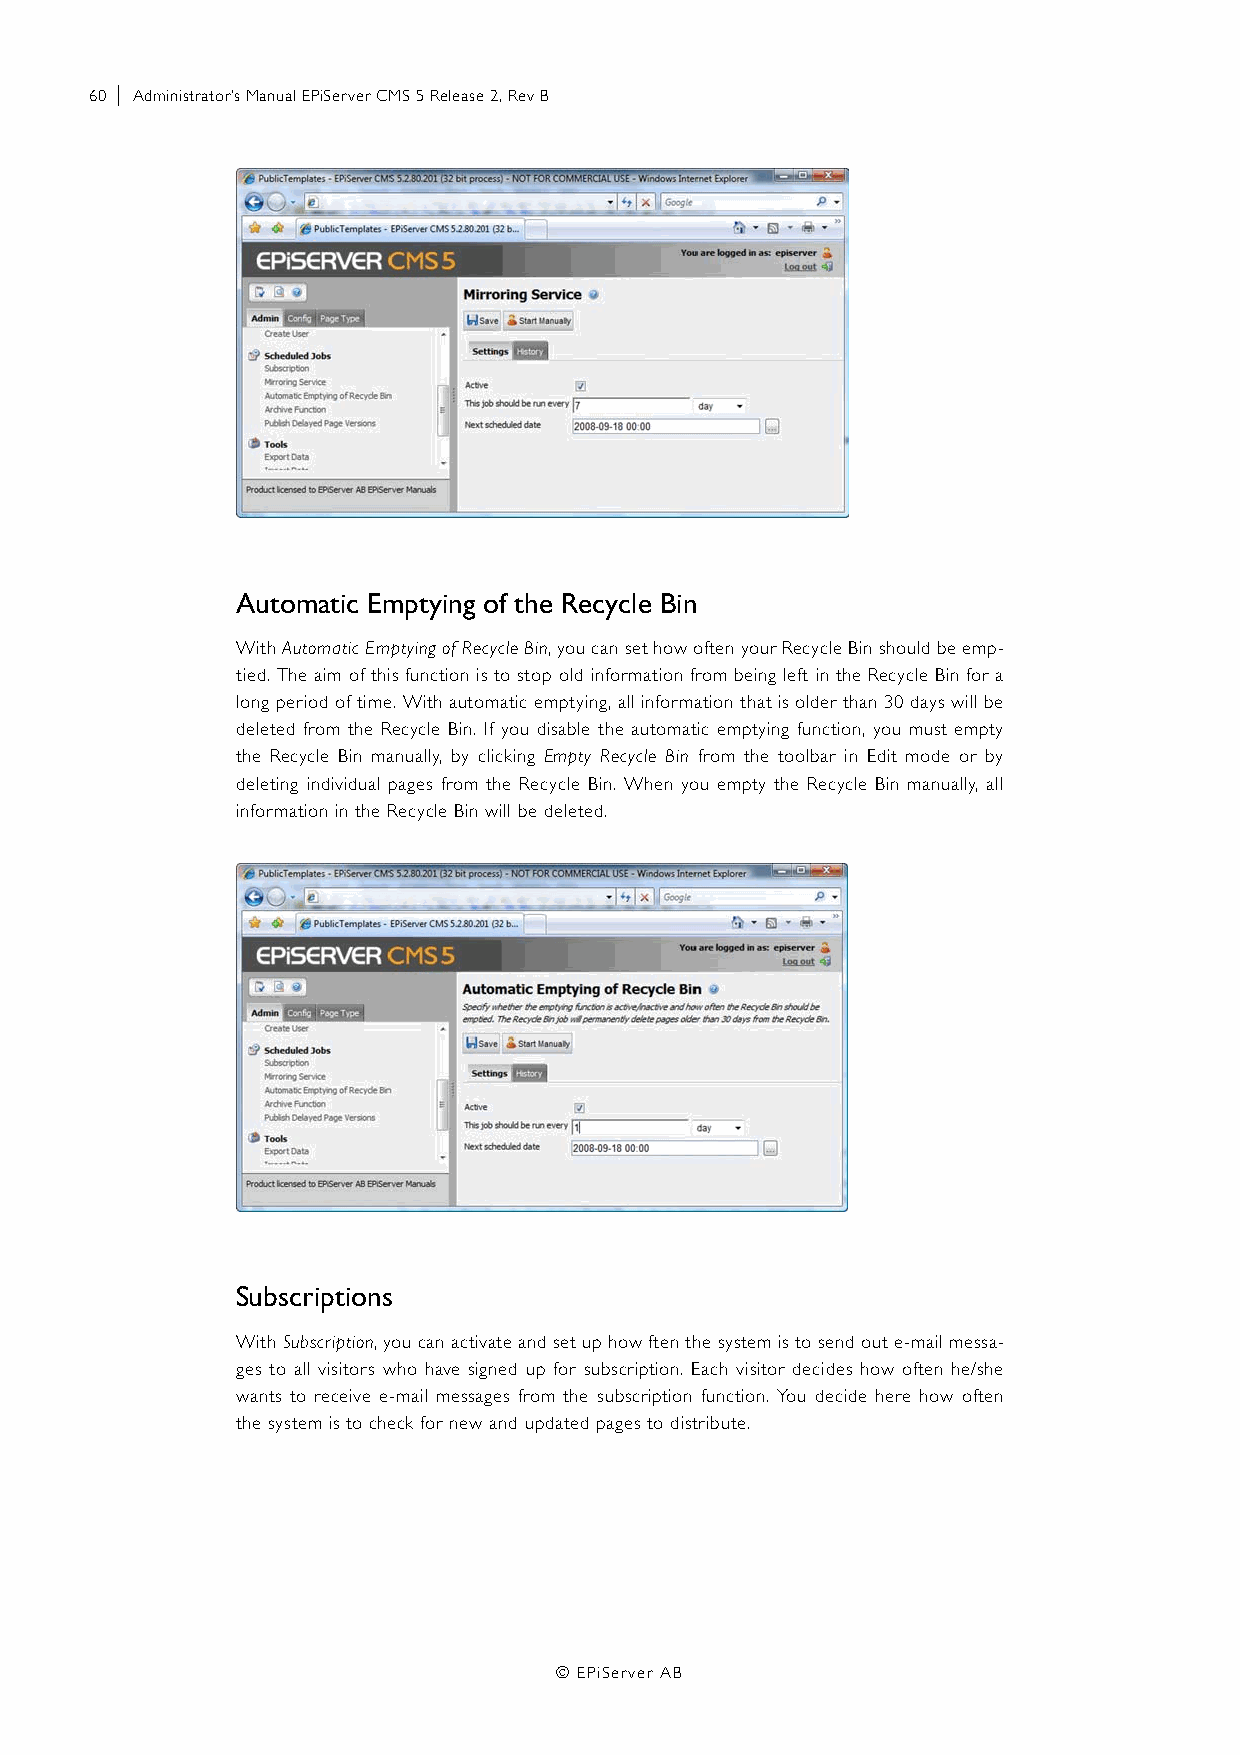
60 | Administrator’s Manual EPiServer CMS 5 Release 2, Rev B
 Automatic Emptying of the Recycle Bin
 With Automatic Emptying of Recycle Bin, you can set how often your Recycle Bin should be emp-
 tied. The aim of this function is to stop old information from being left in the Recycle Bin for a
 long period of time. With automatic emptying, all information that is older than 30 days will be
 deleted from the Recycle Bin. If you disable the automatic emptying function, you must empty
 the Recycle Bin manually, by clicking Empty Recycle Bin from the toolbar in Edit mode or by
 deleting individual pages from the Recycle Bin. When you empty the Recycle Bin manually, all
 information in the Recycle Bin will be deleted.
 Subscriptions
 With Subscription, you can activate and set up how ften the system is to send out e-mail messa-
 ges to all visitors who have signed up for subscription. Each visitor decides how often he/she
 wants to receive e-mail messages from the subscription function. You decide here how often
 the system is to check for new and updated pages to distribute.
 © EPiServer AB